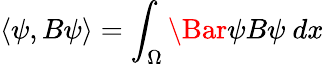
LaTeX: \langle\psi,B\psi\rangle=\int_{\Omega}\Bar{\psi}B\psi\ dx